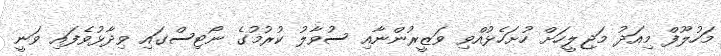
މަހުލޫފް މިއަދު މަޖިލީހަށް ހުށަހެޅުއްވި ވަޒީރުންނާއި ސުވާލު ކުރުމުގެ ނޯޓިސްގައި ވިދާޅުވެފައި ވަނީ